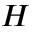
H